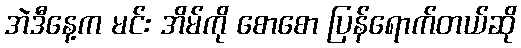
အဲဒီနေ့က မင်း အိမ်ကို စောစော ပြန်ရောက်တယ်ဆို